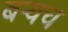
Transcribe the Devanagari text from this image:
बर्‍यच